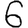
Digit: 6